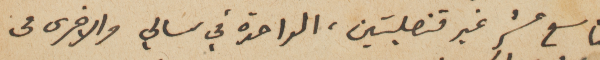
التاسع عشر غير قنصليتين، الواحدة في سالي والاخرى فى